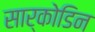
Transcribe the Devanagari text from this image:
सार्कोडिन